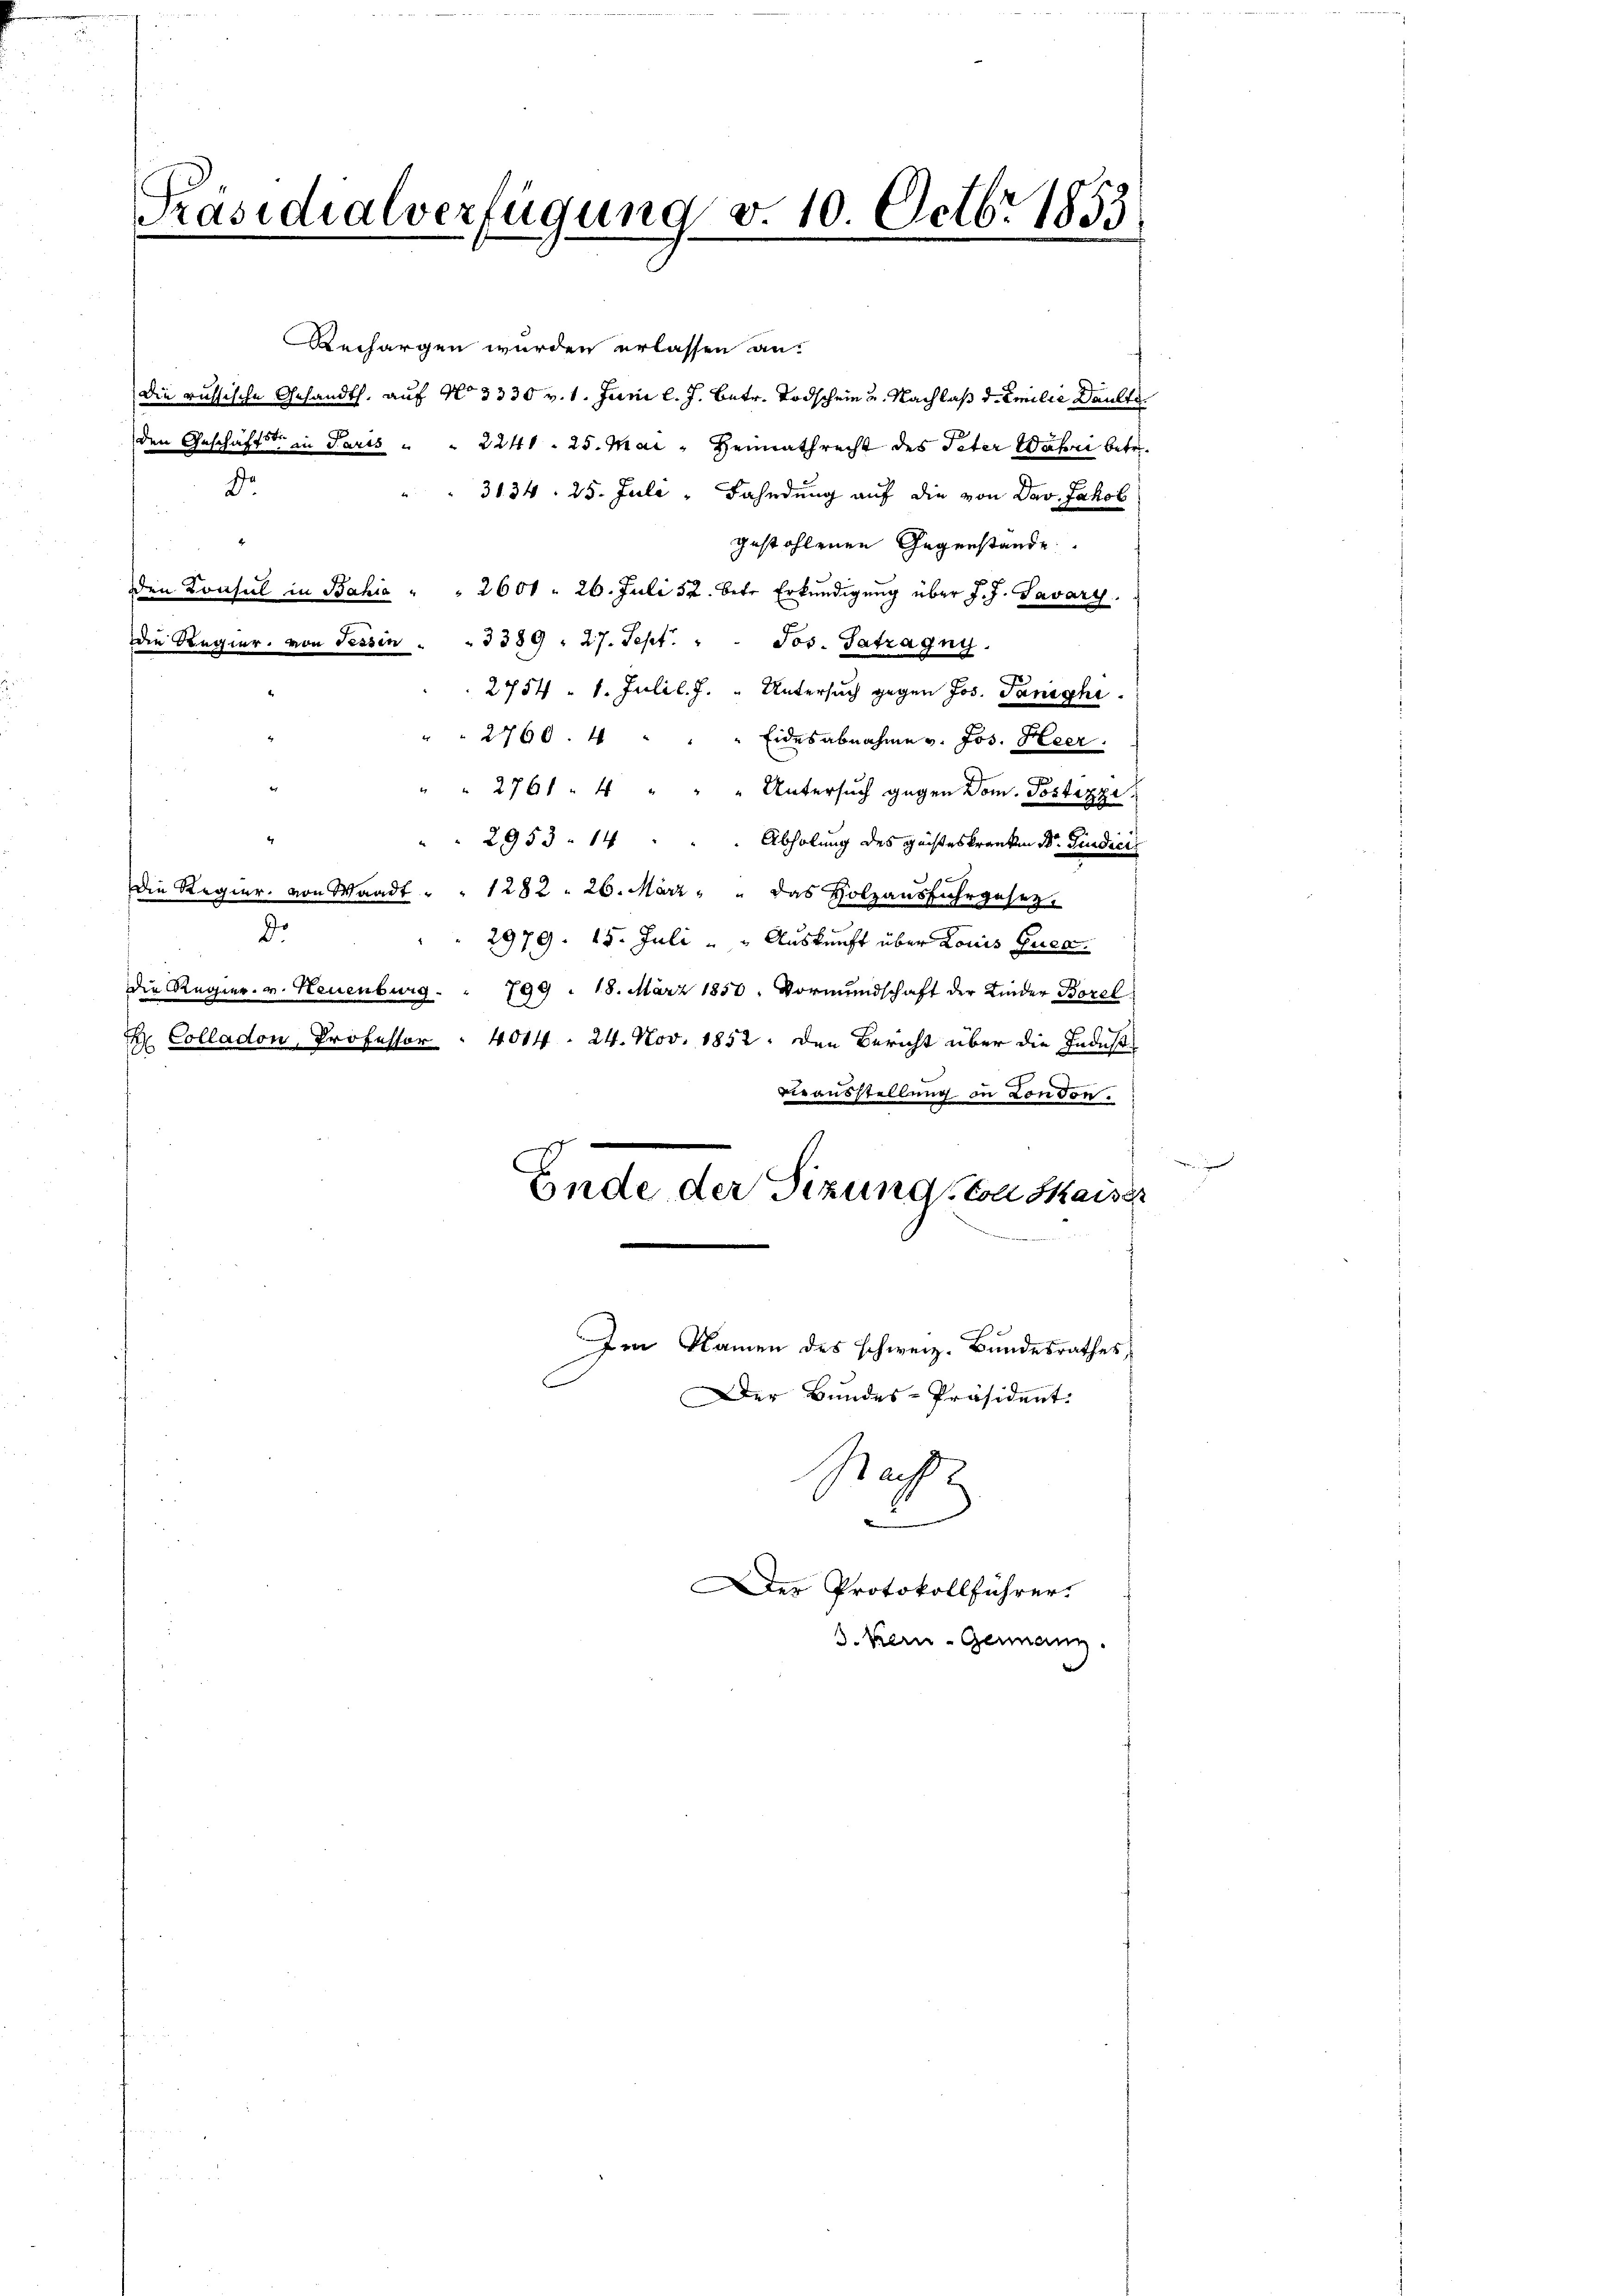
Präsidialverfügung v. 10. Octbr 1853

Rechargen wurden erlassen an.
die russische Gesandth, auf No 3330 v. 1. Juni l. J. betr. Todschein u. Nachlaß dr Emilie Daulte
den Geschäftste in Paris " " 2241. 25. Mai " Heimathrecht des Peter Wahri betr.
3134. 25. Juli, Fahndung auf die von Dav. Jakob
gestohlenen Gegenstande
den Konsul in Bahia " " 2601 " 26. Juli 52. betr. Erkŭndigŭng über J. J. Savary.
die Regier. von Tessin . . 3389. 27. Sept. " " Jos. Satzagny.
2754 - 1. Juli l. J. " Untersuch gegen Jos. Panighi
" " 2760.4 " " " Eidesabnahme v. Jos. Heer.
" 2761. 4 " " " Untersŭch gegen Dom. Postazzi
2953. 14
Abholung des geisteskranken Dr. Giudici
Die Regier. von Waadt " " 1282. 26. März " " das Holzausfuhrgesezde
2979. 15. Juli " " Auskunft über Louis Guta
Die Regier. v. Neuenburg . . 799 : 18. März 1850. Vormŭndschaft der Kinder Borel
 Colladon, Professor . 4014. 24. Nov. 1852, den Bericht über die Indust
s
Vieausstellung in London.

Dr

Ende der Sitzung von saiss

Im Namen des schweiz. Bundesrathes,
Der Bundes-Präsident.
Nachf
2
er Protokollführer.
d. Kern Germann.